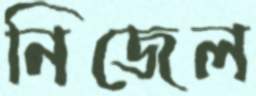
নিজেল